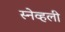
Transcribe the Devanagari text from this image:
स्नेव्हली